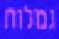
גמלות